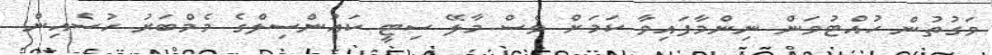
ވަގުތުން ހުއްޓުވަން ނިންމާފައިވާ ކަމަށް ވެސް މާލޭ ސިޓީ ކައުންސިލްގެ މެމްބަރު ހުސެއިން